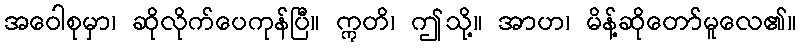
အဝေါစုမှာ၊ ဆိုလိုက်ပေကုန်ပြီ။ ဣတိ၊ ဤသို့။ အာဟ၊ မိန့်ဆိုတော်မူလေ၏။